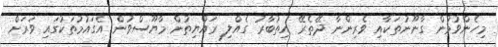
މިހެންވުމުން ގާނޫނުތަކާއި ވެރިންނާ ދޭތެރޭ އިތުބާރު ގެއްލި ރައްޔިތުން މާޔޫސްވުން އެގައުމުތަކުގައި ވަރަށް